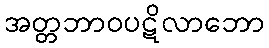
အတ္တဘာဝပဋိလာဘော